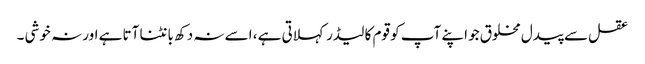
عقل سے پیدل مخلوق جو اپنے آپ کو قوم کا لیڈر کہلاتی ہے ، اسے نہ دکھ بانٹنا آتا ہے اور نہ خوشی ۔